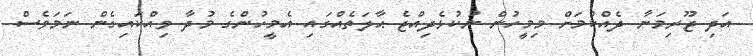
އަދި ޖޫރިމަނާ ދެއްކުމަށް މިމީހުން ނުކުޅެދިއްޖެ ޙާލަތެއްގައި އެމީހުންގެ މުދާ ވިއްކައިގެން ނަމަވެސް